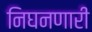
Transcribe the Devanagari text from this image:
निघनणारी